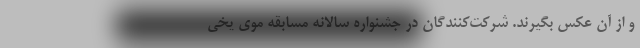
و از آن عکس بگیرند. شرکت‌کنندگان در جشنواره سالانه مسابقه موی یخی